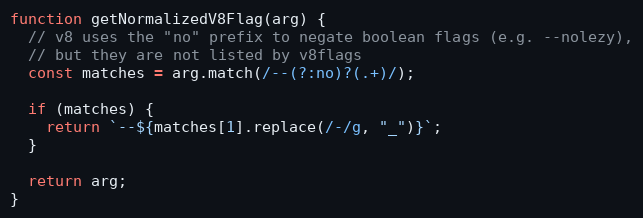
Language: JavaScript
function getNormalizedV8Flag(arg) {
  // v8 uses the "no" prefix to negate boolean flags (e.g. --nolezy),
  // but they are not listed by v8flags
  const matches = arg.match(/--(?:no)?(.+)/);

  if (matches) {
    return `--${matches[1].replace(/-/g, "_")}`;
  }

  return arg;
}